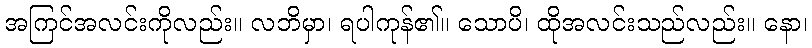
အကြင်အလင်းကိုလည်း။ လဘိမှာ၊ ရပါကုန်၏။ သောပိ၊ ထိုအလင်းသည်လည်း။ နော၊